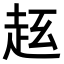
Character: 𧺦